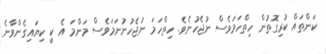
ކަންތައް ކުރިގޮތުން ހިތްހަމަވެސް ނުޖެހުނެވެ. ހިތްހަމަ ނުޖެހުނުނަމަވެސް މަންމަ އެ ކީ ކިޔައިގެންވާނެ